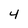
Character: 4